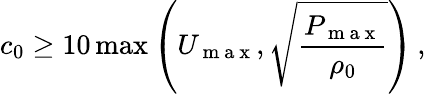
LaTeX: c_{0}\ge 10\operatorname*{max}\left(U_{\mathrm{~m~a~x~}},\sqrt{\frac{P_{\mathrm{~m~a~x~}}}{\rho_{0}}}\right)\, ,